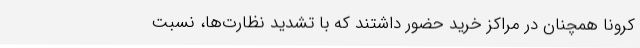
کرونا همچنان در مراکز خرید حضور داشتند که با تشدید نظارت‌ها، نسبت